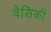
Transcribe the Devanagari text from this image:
वेसिकी